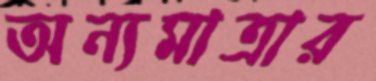
অন্যমাত্রার